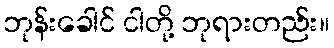
ဘုန်းခေါင် ငါတို့ ဘုရားတည်း။